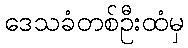
ဒေသခံတစ်ဦးထံမှ